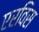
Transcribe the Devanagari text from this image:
एरविस